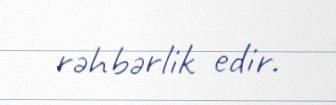
rəhbərlik edir.